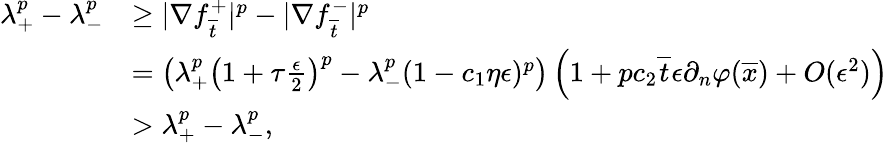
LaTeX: \begin{array}{rl}{\lambda_{+}^{p}-\lambda_{-}^{p}}&{\geq|\nabla f_{\overline{{t}}}^{+}|^{p}-|\nabla f_{\overline{{t}}}^{-}|^{p}}\\ &{=\left(\lambda_{+}^{p}\left(1+\tau\frac{\epsilon}{2}\right)^{p}-\lambda_{-}^{p}(1-c_{1}\eta\epsilon)^{p}\right)\left(1+pc_{2}\overline{{t}}\epsilon\partial_{n}\varphi(\overline{{x}})+O(\epsilon^{2})\right)}\\ &{>\lambda_{+}^{p}-\lambda_{-}^{p},}\end{array}